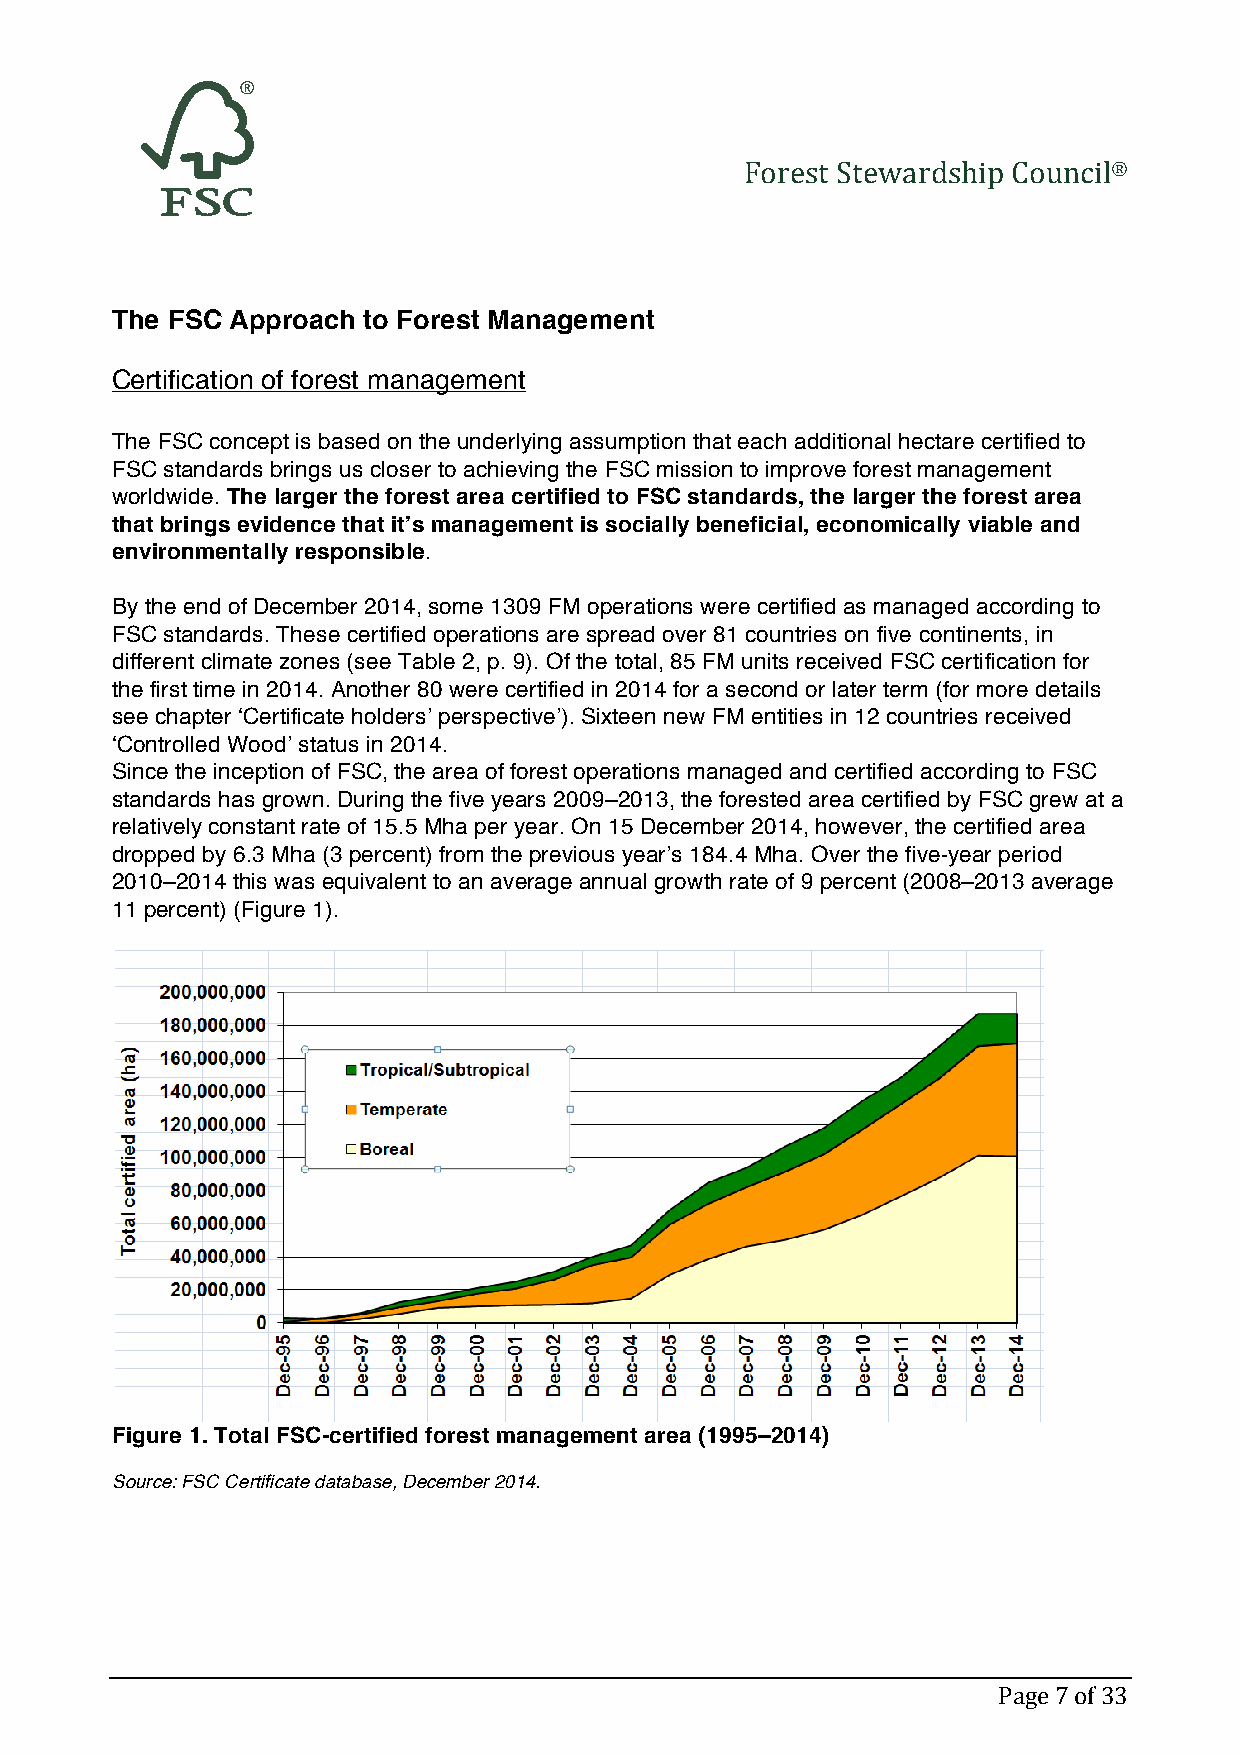
Forest Stewardship Council®
 The FSC Approach to Forest Management
 Certification of forest management
 The FSC concept is based on the underlying assumption that each additional hectare certified to
 FSC standards brings us closer to achieving the FSC mission to improve forest management
 worldwide. The larger the forest area certified to FSC standards, the larger the forest area
 that brings evidence that it’s management is socially beneficial, economically viable and
 environmentally responsible.
 By the end of December 2014, some 1309 FM operations were certified as managed according to
 FSC standards. These certified operations are spread over 81 countries on five continents, in
 different climate zones (see Table 2, p. 9). Of the total, 85 FM units received FSC certification for
 the first time in 2014. Another 80 were certified in 2014 for a second or later term (for more details
 see chapter ‘Certificate holders’ perspective’). Sixteen new FM entities in 12 countries received
 ‘Controlled Wood’ status in 2014.
 Since the inception of FSC, the area of forest operations managed and certified according to FSC
 standards has grown. During the five years 2009–2013, the forested area certified by FSC grew at a
 relatively constant rate of 15.5 Mha per year. On 15 December 2014, however, the certified area
 dropped by 6.3 Mha (3 percent) from the previous year’s 184.4 Mha. Over the five-year period
 2010–2014 this was equivalent to an average annual growth rate of 9 percent (2008–2013 average
 11 percent) (Figure 1).
 Figure 1. Total FSC-certified forest management area (1995–2014)
 Source: FSC Certificate database, December 2014.
 Page 7 of 33